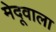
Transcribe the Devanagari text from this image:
मेदूवाला